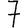
Digit: 7